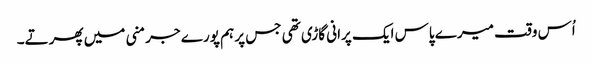
اُس وقت میرے پاس ایک پرانی گاڑی تھی جس پر ہم پورے جرمنی میں پھرتے۔